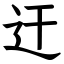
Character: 迀